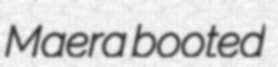
Maera booted